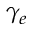
\gamma _ { e }